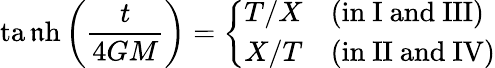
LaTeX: \operatorname{ta\mathfrak{n}h}\left({\frac{{t}}{{4GM}}}\right)={\left\{ \begin{array}{ll}{T/X}&{{\mathrm{(in~I~and~III)}}}\\ {X/T}&{{\mathrm{(in~II~and~IV)}}}\end{array}\right.}